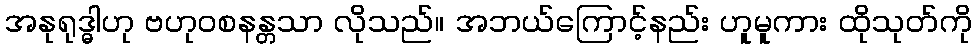
အနုရုဒ္ဓါဟု ဗဟုဝစနန္တသာ လိုသည်။ အဘယ်ကြောင့်နည်း ဟူမူကား ထိုသုတ်ကို